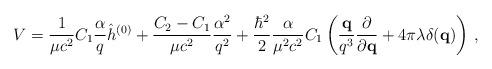
LaTeX: \begin{align*}V = \frac{1}{\mu c^2}C_1\frac{\alpha}{q}\hat h^{(0)} +\frac{C_2-C_1}{\mu c^2}\frac{\alpha^2}{q^2} + \frac{\hbar^2}{2}\frac{\alpha}{\mu^2c^2}C_1\left(\frac{{\bf q}}{q^3}\frac{\partial}{\partial{\bf q}} + 4\pi\lambda\delta({\bf q})\right)\,,\end{align*}